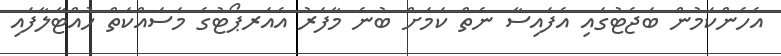
އެހެންކަމުން ބަޖެޓުގައި އެފައިސާ ނެތް ކަމަށް ބުނެ މާފަރު އެއަރޕޯޓުގެ މަސައްކަތް ހުއްޓާލާފައި